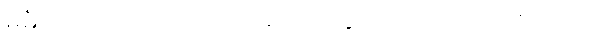
မမှီဝဲလေလင့်။ ကုပိတံ၊ အမျက်ထွက်သော။ အာသိဝိသံဝ၊